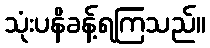
သုံးပနိခန့်ရကြသည်။